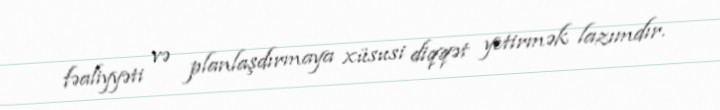
fəaliyyəti və planlaşdırmaya xüsusi diqqət yetirmək lazımdır.